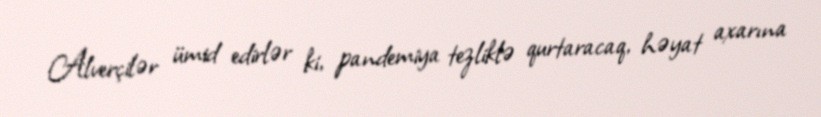
Alverçilər ümid edirlər ki, pandemiya tezliklə qurtaracaq, həyat axarına